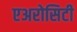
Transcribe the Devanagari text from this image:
एअरोसिटी